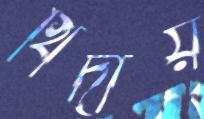
খিদায়